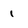
Character: 1